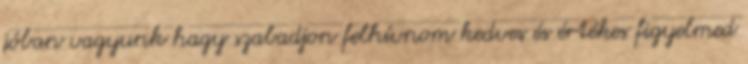
jóban vagyunk hagy szabadjon felhívnom kedves és értékes figyelmed